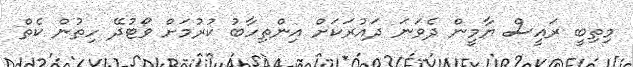
މިތިބީ ރައީސް ޔާމީން ދެވަނަ ދައުރަކަށް އިންތިހާބު ކުރުމަށް ވޯޓުދޭ ހިތުން ކެތް